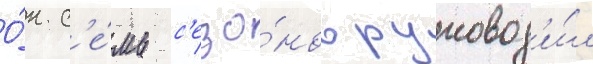
О́н с'е́мь с'езо́нов руковод'и́л